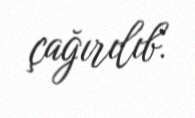
çağırılıb.